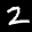
Label: 2